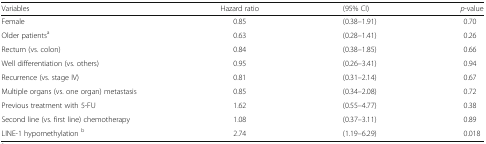
<table><thead><tr><td><b>Variables</b></td><td><b>Hazard ratio</b></td><td><b>(95% CI)</b></td><td><b><i>p</i>-value</b></td></tr></thead><tbody><tr><td>Female</td><td>0.85</td><td>(0.38–1.91)</td><td>0.70</td></tr><tr><td>Older patients<sup>a</sup></td><td>0.63</td><td>(0.28–1.41)</td><td>0.26</td></tr><tr><td>Rectum (vs. colon)</td><td>0.84</td><td>(0.38–1.85)</td><td>0.66</td></tr><tr><td>Well differentiation (vs. others)</td><td>0.95</td><td>(0.26–3.41)</td><td>0.94</td></tr><tr><td>Recurrence (vs. stage IV)</td><td>0.81</td><td>(0.31–2.14)</td><td>0.67</td></tr><tr><td>Multiple organs (vs. one organ) metastasis</td><td>0.85</td><td>(0.34–2.08)</td><td>0.72</td></tr><tr><td>Previous treatment with 5-FU</td><td>1.62</td><td>(0.55–4.77)</td><td>0.38</td></tr><tr><td>Second line (vs. first line) chemotherapy</td><td>1.08</td><td>(0.37–3.11)</td><td>0.89</td></tr><tr><td>LINE-1 hypomethylation <sup>b</sup></td><td>2.74</td><td>(1.19–6.29)</td><td>0.018</td></tr></tbody></table>